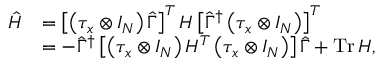
\begin{array} { r l } { \hat { H } } & { = \left[ \left( \tau _ { x } \otimes I _ { N } \right) \hat { \Gamma } \right] ^ { T } H \left[ \hat { \Gamma } ^ { \dag } \left( \tau _ { x } \otimes I _ { N } \right) \right] ^ { T } } \\ & { = - \hat { \Gamma } ^ { \dag } \left[ \left( \tau _ { x } \otimes I _ { N } \right) H ^ { T } \left( \tau _ { x } \otimes I _ { N } \right) \right] \hat { \Gamma } + \mathrm { T r } \, H , } \end{array}